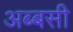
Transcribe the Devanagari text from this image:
अब्बसी